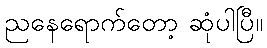
ညနေရောက်တော့ ဆုံပါပြီ။